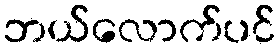
ဘယ်လောက်ပင်